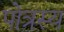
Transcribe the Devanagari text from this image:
पोत्रस्य